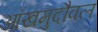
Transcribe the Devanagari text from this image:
आंखमुदौवल